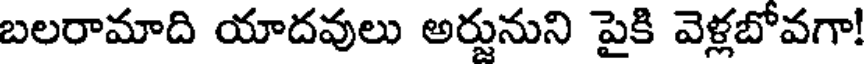
బలరామాది యాదవులు అర్జునుని పైకి వెళ్లబోవగా!